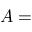
A =